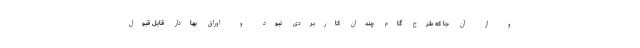
و از آن جا که طرح گام چندان کاربردی نبود و اوراق بهادار قابل قبول